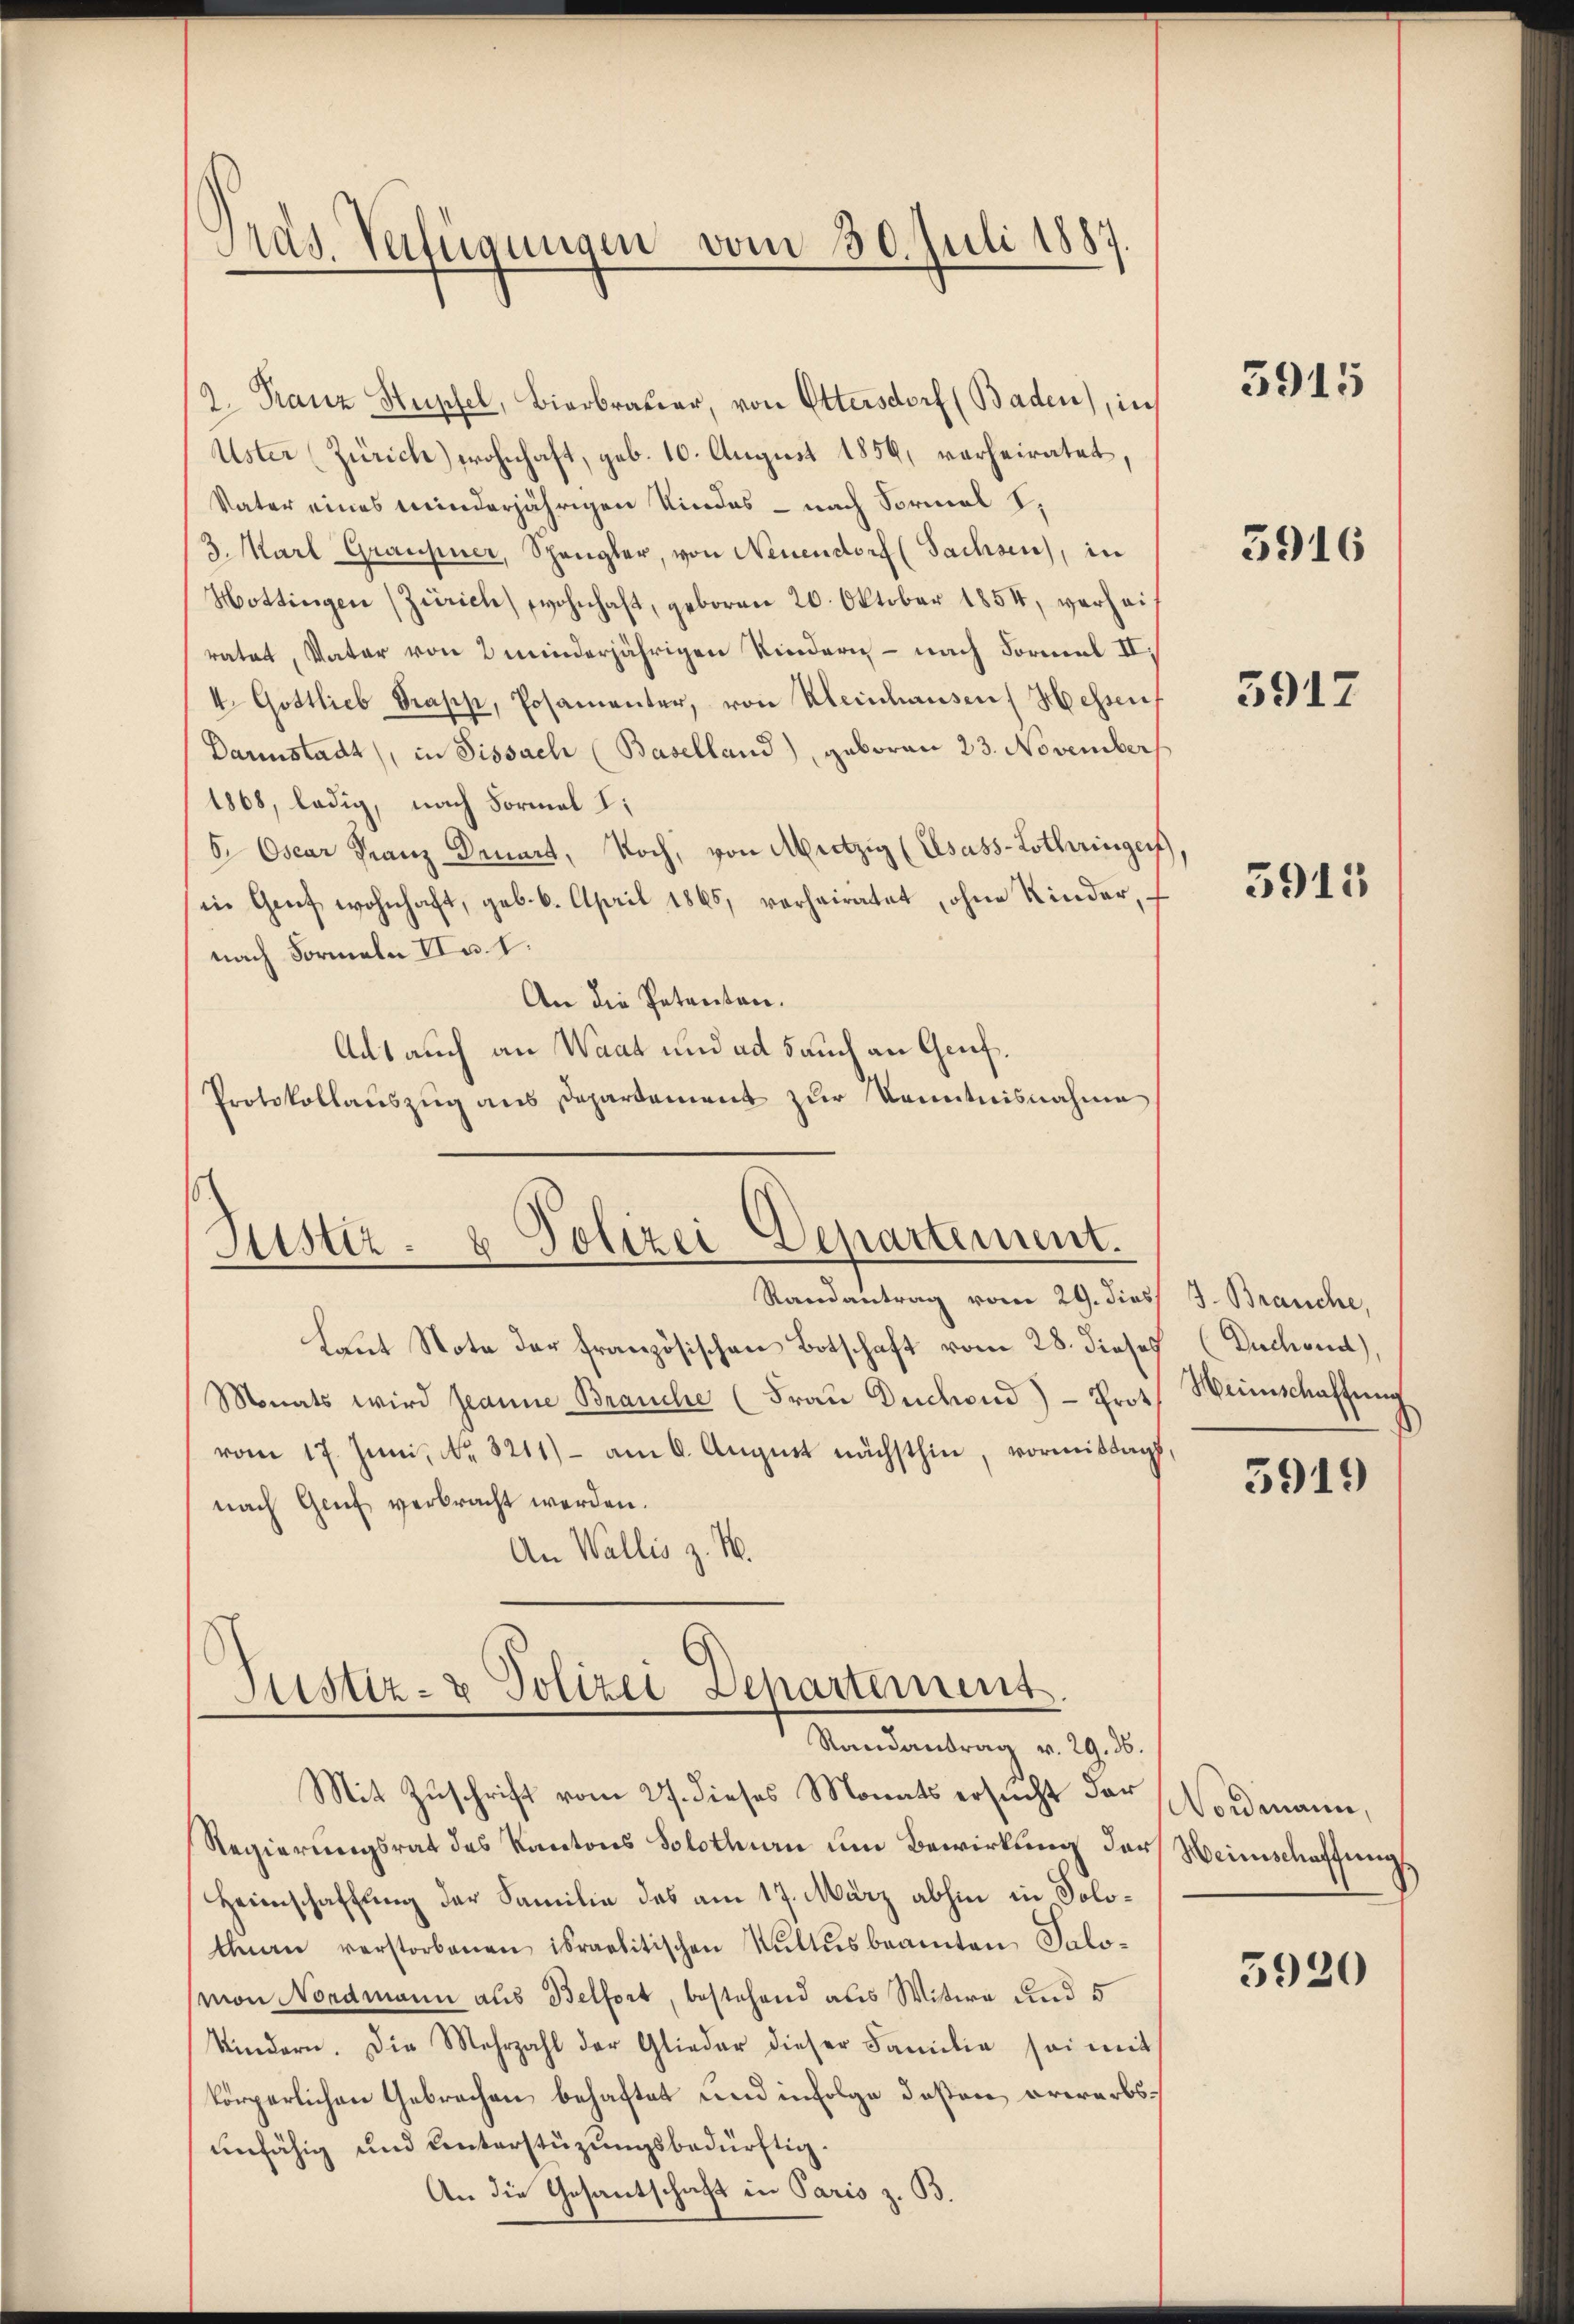
Pras. Verfügungen vom 30. Juli 1887.

/2. Franz Hupfel, Bierbrauer, von Ettersdorf (Baden), in
Uster (Zürich) wohnhaft, geb. 10. August 1859, verheiratet,
Vater eines minderjährigen Kindes - nach Formal I,
3., Karl Graupner, Spangler, von Neuendorf (Sachsen), in
Hottingen (Zürich) wohnhaft, geboren 20. Oktober 1854, verhei
ratet, Vater von 2 minderjährigen Kindern - nach Formal II,
I. Gottlieb Trapp, Posamenter, von Kleinhausen Hessen
Darinstadt, in Sissach (Baselland), geboren 23. November
1868, ledig, nach Formal I:
5 Oscar Franz Deuert, Noch, von Mitzig (Elsass-Lothringer
in Genf wohnhaft, geb. 6. April 1865, verheiratet, ohne Kinder,
nach Formeln u. I.
An die Petenten.
Als auch an Waat und ad 5 auch an Genf¬
Protokollauszug aus Departement zur Kenntnisnahme

Justiz- & Polizei Departement.

Justiz- & Polizei Departement
Randantrag v. 29. 36.

Randantrag vom 29. dies
Laut Note der französischen Botschaft vom 28. dieses
Monats wird Jeanne Brauche (Frau Duchend) - Prot. Weinschaffung
vom 17. Juni, No. 3211) - am 6. August nächsthin, vormittags,
nach Genf verbracht werden.
An Wallis z. B.

Mit Zuschrift vom 27. dieses Monats ersucht der
Regierungsrat des Kantons Solothurn um Bewirkung der
Heimschaftung der Familie das am 17. März abhin in Solotheen verstorbenen israelitischen Kultusbeamten Salomon Nordmann aus Belfort, bestehend aus Witwe und 5
Kindern. Die Mehrzahl der Glieder dieser Familie sei mit
körperlichen Gebrachen behaftet und in Folge deßen erwerbsunfähig und unterstüzungsbedürftig.
An die Gesantschaft in Paris z. B.

3915

5916

5917

3915

J. Brauche,
(Dechend),

5919

NNordmann,
Heinschaffung

5920